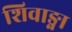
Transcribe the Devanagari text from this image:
शिवाङ्गा